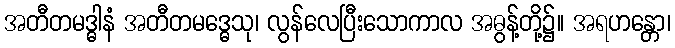
အတီတမဒ္ဓါနံ အတီတမဒ္ဓေသု၊ လွန်လေပြီးသောကာလ အဓွန့်တို့၌။ အရဟန္တော၊